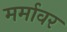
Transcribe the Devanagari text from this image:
मर्मावर